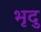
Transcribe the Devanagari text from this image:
भृदु